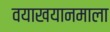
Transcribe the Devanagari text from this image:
वयाखयानमाला